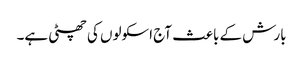
بارش کے باعث آج اسکولوں کی چھٹی ہے۔